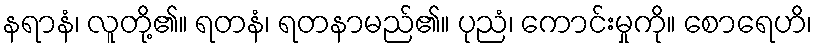
နရာနံ၊ လူတို့၏။ ရတနံ၊ ရတနာမည်၏။ ပုညံ၊ ကောင်းမှုကို။ စောရေဟိ၊